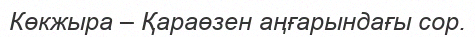
Көкжыра – Қараөзен аңғарындағы сор.